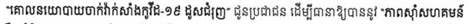
"គោលនយោបាយចាក់វ៉ាក់សាំងកូវីដ-១៩ ដូសជំរុញ" ជូនប្រជាជន ដើម្បីធានាឱ្យបាននូវ "ភាពសុំាសហគមន៏